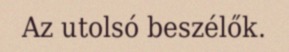
Az utolsó beszélők.